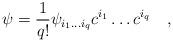
LaTeX: \begin{align*}\psi = {1 \over q!} \psi_{i_1 \ldots i_q} c^{i_1} \ldots c^{i_q} \quad ,\end{align*}